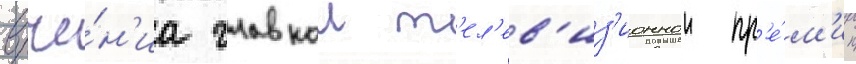
вруче́н'иа главнои т'ел'ев'из'ионнои пр'е́м'ии